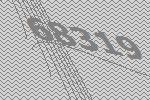
68319